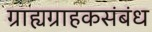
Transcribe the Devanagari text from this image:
ग्राह्यग्राहकसंबंध